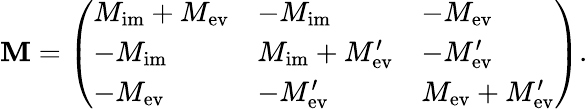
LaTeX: \mathbf{M}=\left(\begin{array}{lll}{M_{\mathrm{im}}+M_{\mathrm{ev}}}&{-M_{\mathrm{im}}}&{-M_{\mathrm{ev}}}\\ {-M_{\mathrm{im}}}&{M_{\mathrm{im}}+M_{\mathrm{ev}}^{\prime}}&{-M_{\mathrm{ev}}^{\prime}}\\ {-M_{\mathrm{ev}}}&{-M_{\mathrm{ev}}^{\prime}}&{M_{\mathrm{ev}}+M_{\mathrm{ev}}^{\prime}}\end{array}\right).